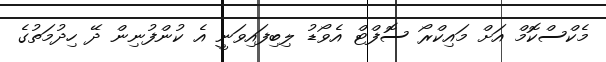
މެކްސްކޮމް އަށް މައިކްރޯ ސޮފްޓް އެވޯޑު ލިބިފައިވަނީ އެ ކުންފުނިން ދޭ ހިދުމަތުގެ